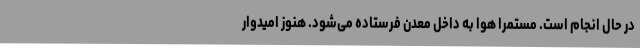
در حال انجام است. مستمرا هوا به داخل معدن فرستاده می‌شود. هنوز امیدوار